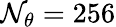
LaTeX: \mathcal{N}_{\theta}=256